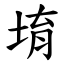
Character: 堉